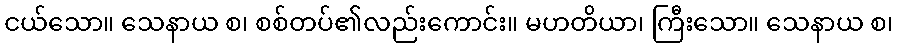
ငယ်သော။ သေနာယ စ၊ စစ်တပ်၏လည်းကောင်း။ မဟတိယာ၊ ကြီးသော။ သေနာယ စ၊